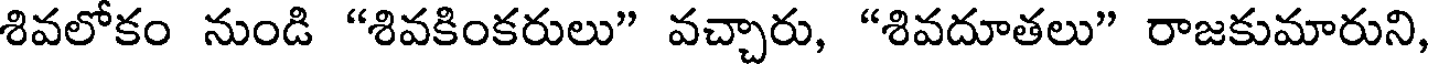
శివలోకం నుండి "శివకింకరులు" వచ్చారు, "శివదూతలు" రాజకుమారుని,